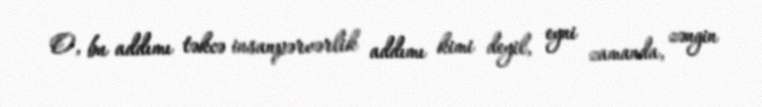
O, bu addımı təkcə insanpərvərlik addımı kimi deyil, eyni zamanda, zəngin